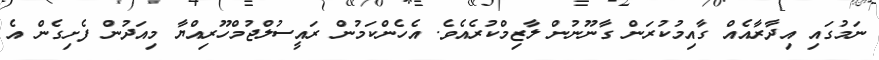
ނަމުގައި އިދާރާއެއް ގާއިމުކުރަން ގާނޫނުން ލާޒިމްކުރެއެވެ. އެހެންކަމުން ރައީސުލްޖުމްހޫރިއްޔާ މިއަދުން ފެށިގެން އެ